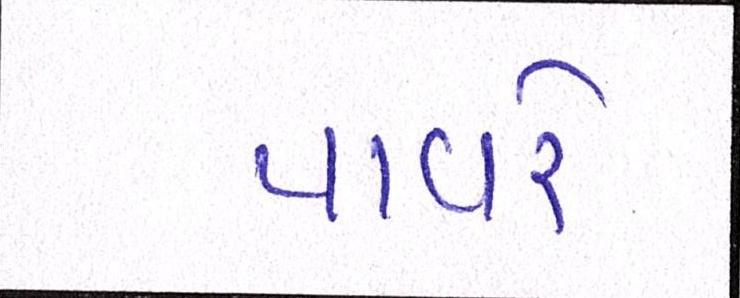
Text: પાવરે